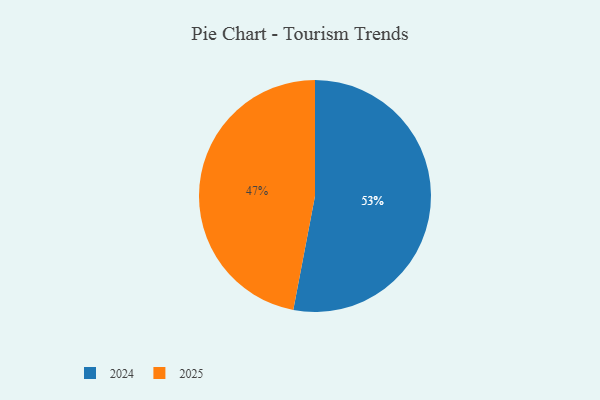
{"axis": {"x": "Category", "y": "Percentage"}, "legend": ["2024", "2025"], "data": [{"x": "2024", "y": 53, "type": "2024"}, {"x": "2025", "y": 47, "type": "2025"}]}